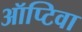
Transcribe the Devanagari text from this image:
ऑप्टिवा